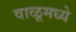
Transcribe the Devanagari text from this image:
वाळूमध्ये